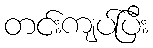
တင်းကျပ်ပြီး